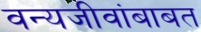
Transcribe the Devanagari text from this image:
वन्यजीवांबाबत